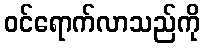
ဝင်ရောက်လာသည်ကို